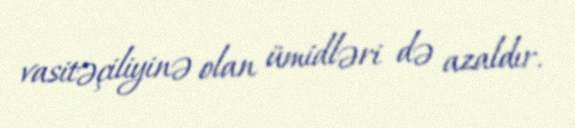
vasitəçiliyinə olan ümidləri də azaldır.